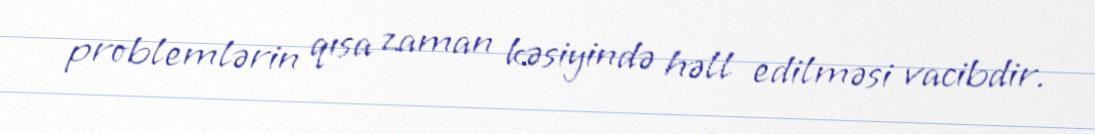
problemlərin qısa zaman kəsiyində həll edilməsi vacibdir.